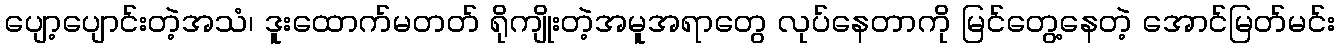
ပျော့ပျောင်းတဲ့အသံ၊ ဒူးထောက်မတတ် ရိုကျိုးတဲ့အမူအရာတွေ လုပ်နေတာကို မြင်တွေ့နေတဲ့ အောင်မြတ်မင်း